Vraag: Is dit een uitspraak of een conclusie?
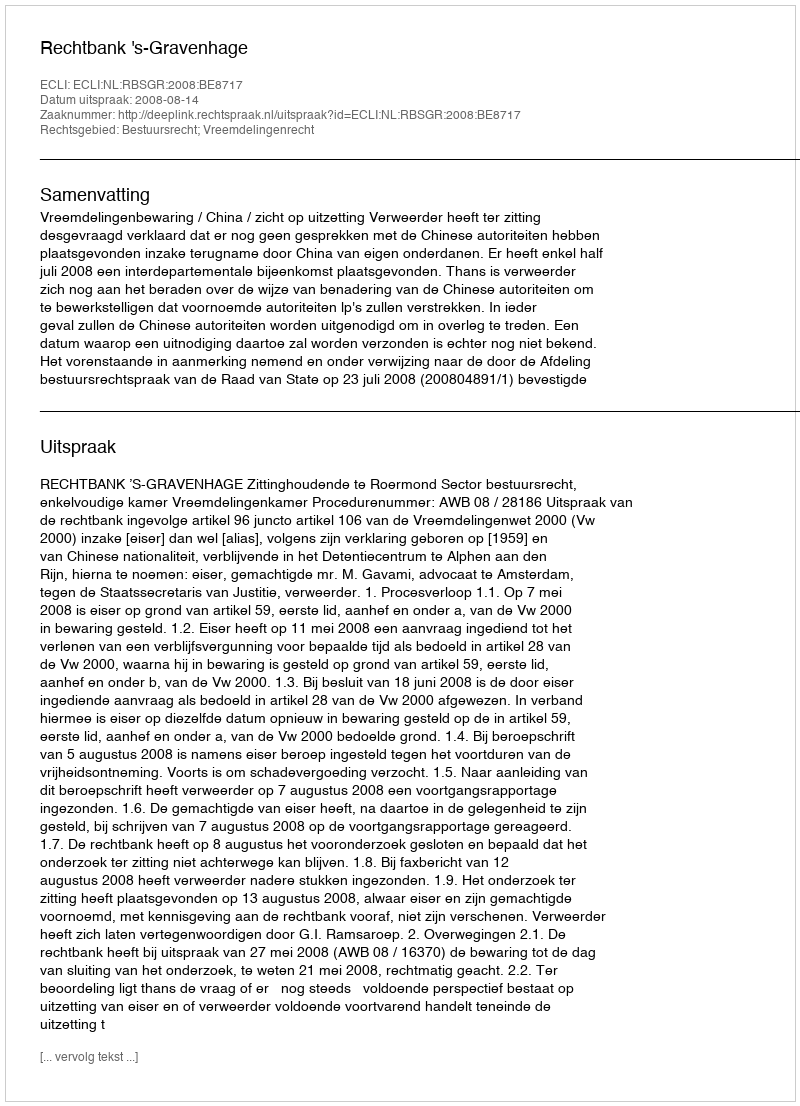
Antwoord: Uitspraak